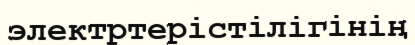
электртерістілігінің